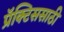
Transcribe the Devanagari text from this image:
प्रॅक्टिससाठी